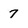
Character: 7